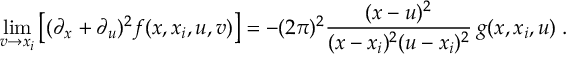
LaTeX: \operatorname * { l i m } _ { v \to x _ { i } } \left[ ( \partial _ { x } + \partial _ { u } ) ^ { 2 } f ( x , x _ { i } , u , v ) \right] = - ( 2 \pi ) ^ { 2 } \frac { ( x - u ) ^ { 2 } } { ( x - x _ { i } ) ^ { 2 } ( u - x _ { i } ) ^ { 2 } } \: g ( x , x _ { i } , u ) \; .